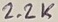
Text: 2.2K